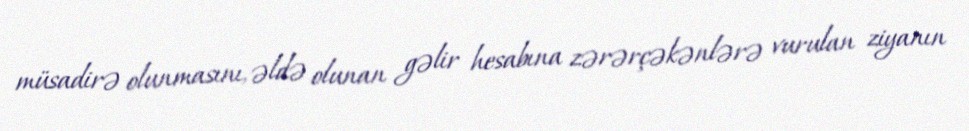
müsadirə olunmasını, əldə olunan gəlir hesabına zərərçəkənlərə vurulan ziyanın